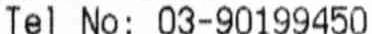
TEL NO: 03-90199450